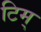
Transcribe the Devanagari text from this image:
टिम्